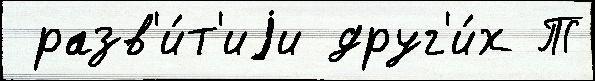
 разв'и́т'иjи друг'и́х Т